Indian journal of veterinary science and animal husbandry - Volumes 22-23, 1952-1953
Year: 1952
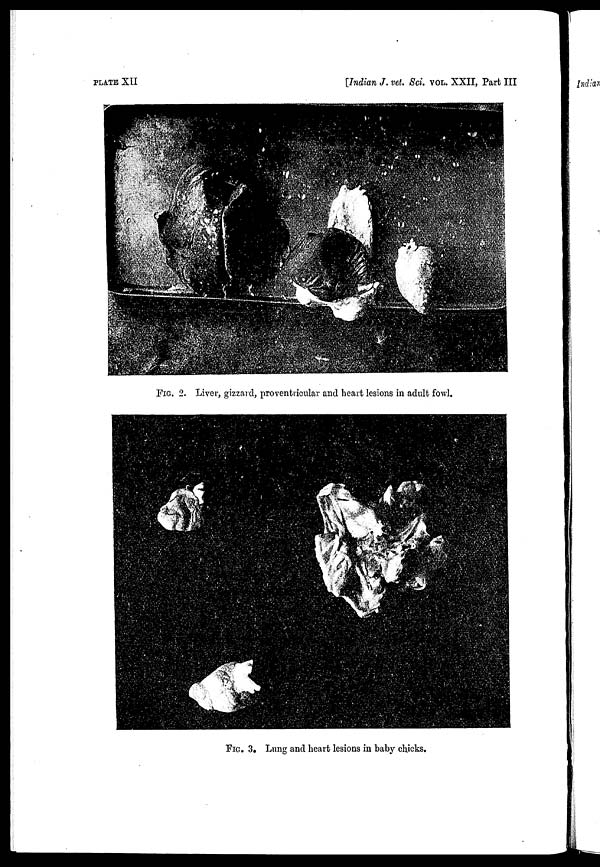
PLATE XII
[Indian J. vet. Sci. VOL. XXII, Part III
FIG. 2. Liver, gizzard, proventricular and heart lesions in adult fowl.
FIG. 3. Lung and heart lesions in baby chicks.